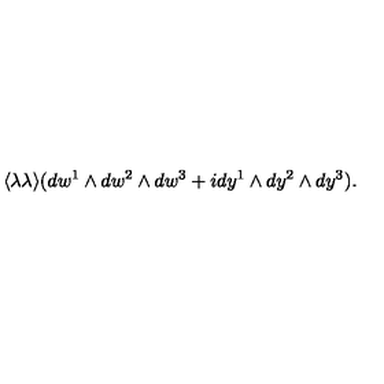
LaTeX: \langle \lambda \lambda \rangle ( d w ^ { 1 } \wedge d w ^ { 2 } \wedge d w ^ { 3 } + i d y ^ { 1 } \wedge d y ^ { 2 } \wedge d y ^ { 3 } ) .